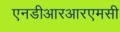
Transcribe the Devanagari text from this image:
एनडीआरआरएमसी